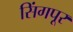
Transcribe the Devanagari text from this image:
सिंगपूर